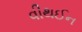
વીથઈન